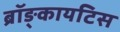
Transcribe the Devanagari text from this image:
ब्रॉङ्कायटिस